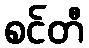
စင်တီ